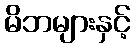
မိဘများနှင့်